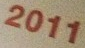
2011